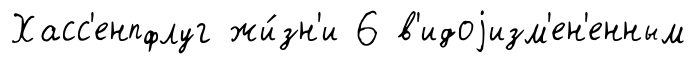
Хасс'енпфлуг жи́зн'и 6 в'идоjизм'ен'енным